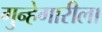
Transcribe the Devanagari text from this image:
गुन्हेगारीला